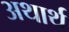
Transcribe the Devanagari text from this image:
अथार्थ